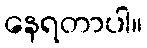
နေရတာပါ။